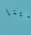
لدينا